Subject: math
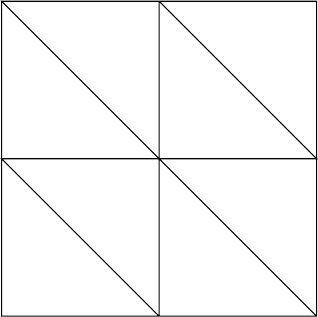
LaTeX code:
 \begin{tikzpicture}[scale = 2.]
  \draw (0,2) -- (0,0) -- (1,0) -- (1,1) -- (0,1) -- (1,0) -- (2,0) -- (2,2) -- (1,2) -- (1,1) -- (2,1) -- (1,2) -- (0,2) -- (2,0);
 \end{tikzpicture}